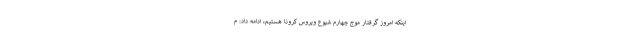
اینکه امروز گرفتار موج چهارم شیوع ویروس کرونا هستیم، ادامه داد: م